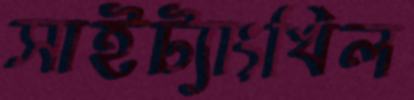
সাইট্যাংখিল